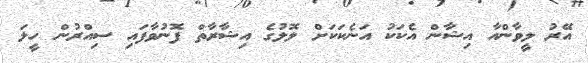
އޭރު ލީވާންއާ އިޝާން އެކަކު އަނެކަކަށް ލޮލުގެ އިޝާރާތް ފޮނުވާފައި ސިއްރުން ހީލަ